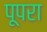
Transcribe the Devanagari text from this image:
पूपरा